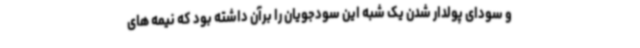
و سودای پولدار شدن یک شبه این سودجویان را برآن داشته بود که نیمه های